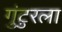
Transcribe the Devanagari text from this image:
गुंटुरला